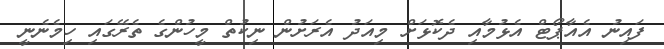
ފައިނު އެއާޕޯޓް އެޅުމާއި ދެކޮޅަށް މިއަދު އެރަށުން ނިކުތް މީހުންގެ ތެރޭގައި ހިމެނެނީ